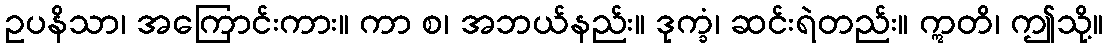
ဥပနိသာ၊ အကြောင်းကား။ ကာ စ၊ အဘယ်နည်း။ ဒုက္ခံ၊ ဆင်းရဲတည်း။ ဣတိ၊ ဤသို့။